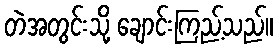
တဲအတွင်းသို့ ချောင်းကြည့်သည်။